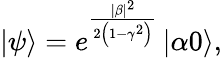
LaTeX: \left\vert\psi\right\rangle=e^{\frac{|\beta|^{2}}{2\left(1-\gamma^{2}\right)}}\left\vert\alpha 0\right\rangle,